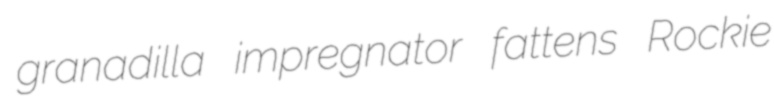
granadilla impregnator fattens Rockie